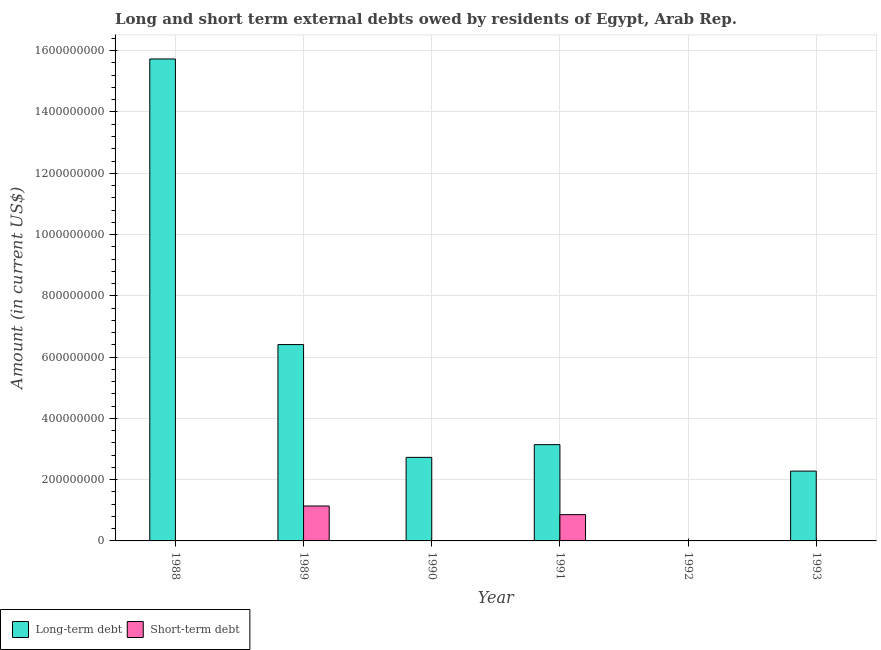
| Year | Long-term debt | Short-term debt |
 | --- | --- | --- |
 | 1988 | 1.57e+09 | -6.9e+07 |
 | 1989 | 6.41e+08 | 1.14e+08 |
 | 1990 | 2.73e+08 | -1.5e+09 |
 | 1991 | 3.14e+08 | 8.58e+07 |
 | 1992 | -4.28e+07 | -5.83e+08 |
 | 1993 | 2.28e+08 | -5.13e+08 |